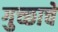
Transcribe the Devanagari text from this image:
गुच्छाचे